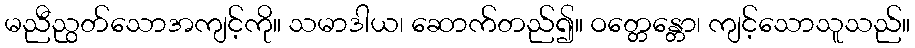
မညီညွတ်သောအကျင့်ကို။ သမာဒါယ၊ ဆောက်တည်၍။ ဝတ္တေန္တော၊ ကျင့်သောသူသည်။